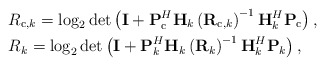
\begin{align*} \begin{aligned} &R_{\mathrm{c},k}=\log_2\det\left(\mathbf{I}+\mathbf{P}_{\mathrm{c}}^H\mathbf{H}_k\left(\mathbf{R}_{\mathrm{c},k}\right)^{-1}\mathbf{H}_k^H\mathbf{P}_{\mathrm{c}}\right),\\ &R_{k}=\log_2\det\left(\mathbf{I}+\mathbf{P}_k^H\mathbf{H}_k\left(\mathbf{R}_{k}\right)^{-1}\mathbf{H}_k^H\mathbf{P}_k\right), \end{aligned}\end{align*}